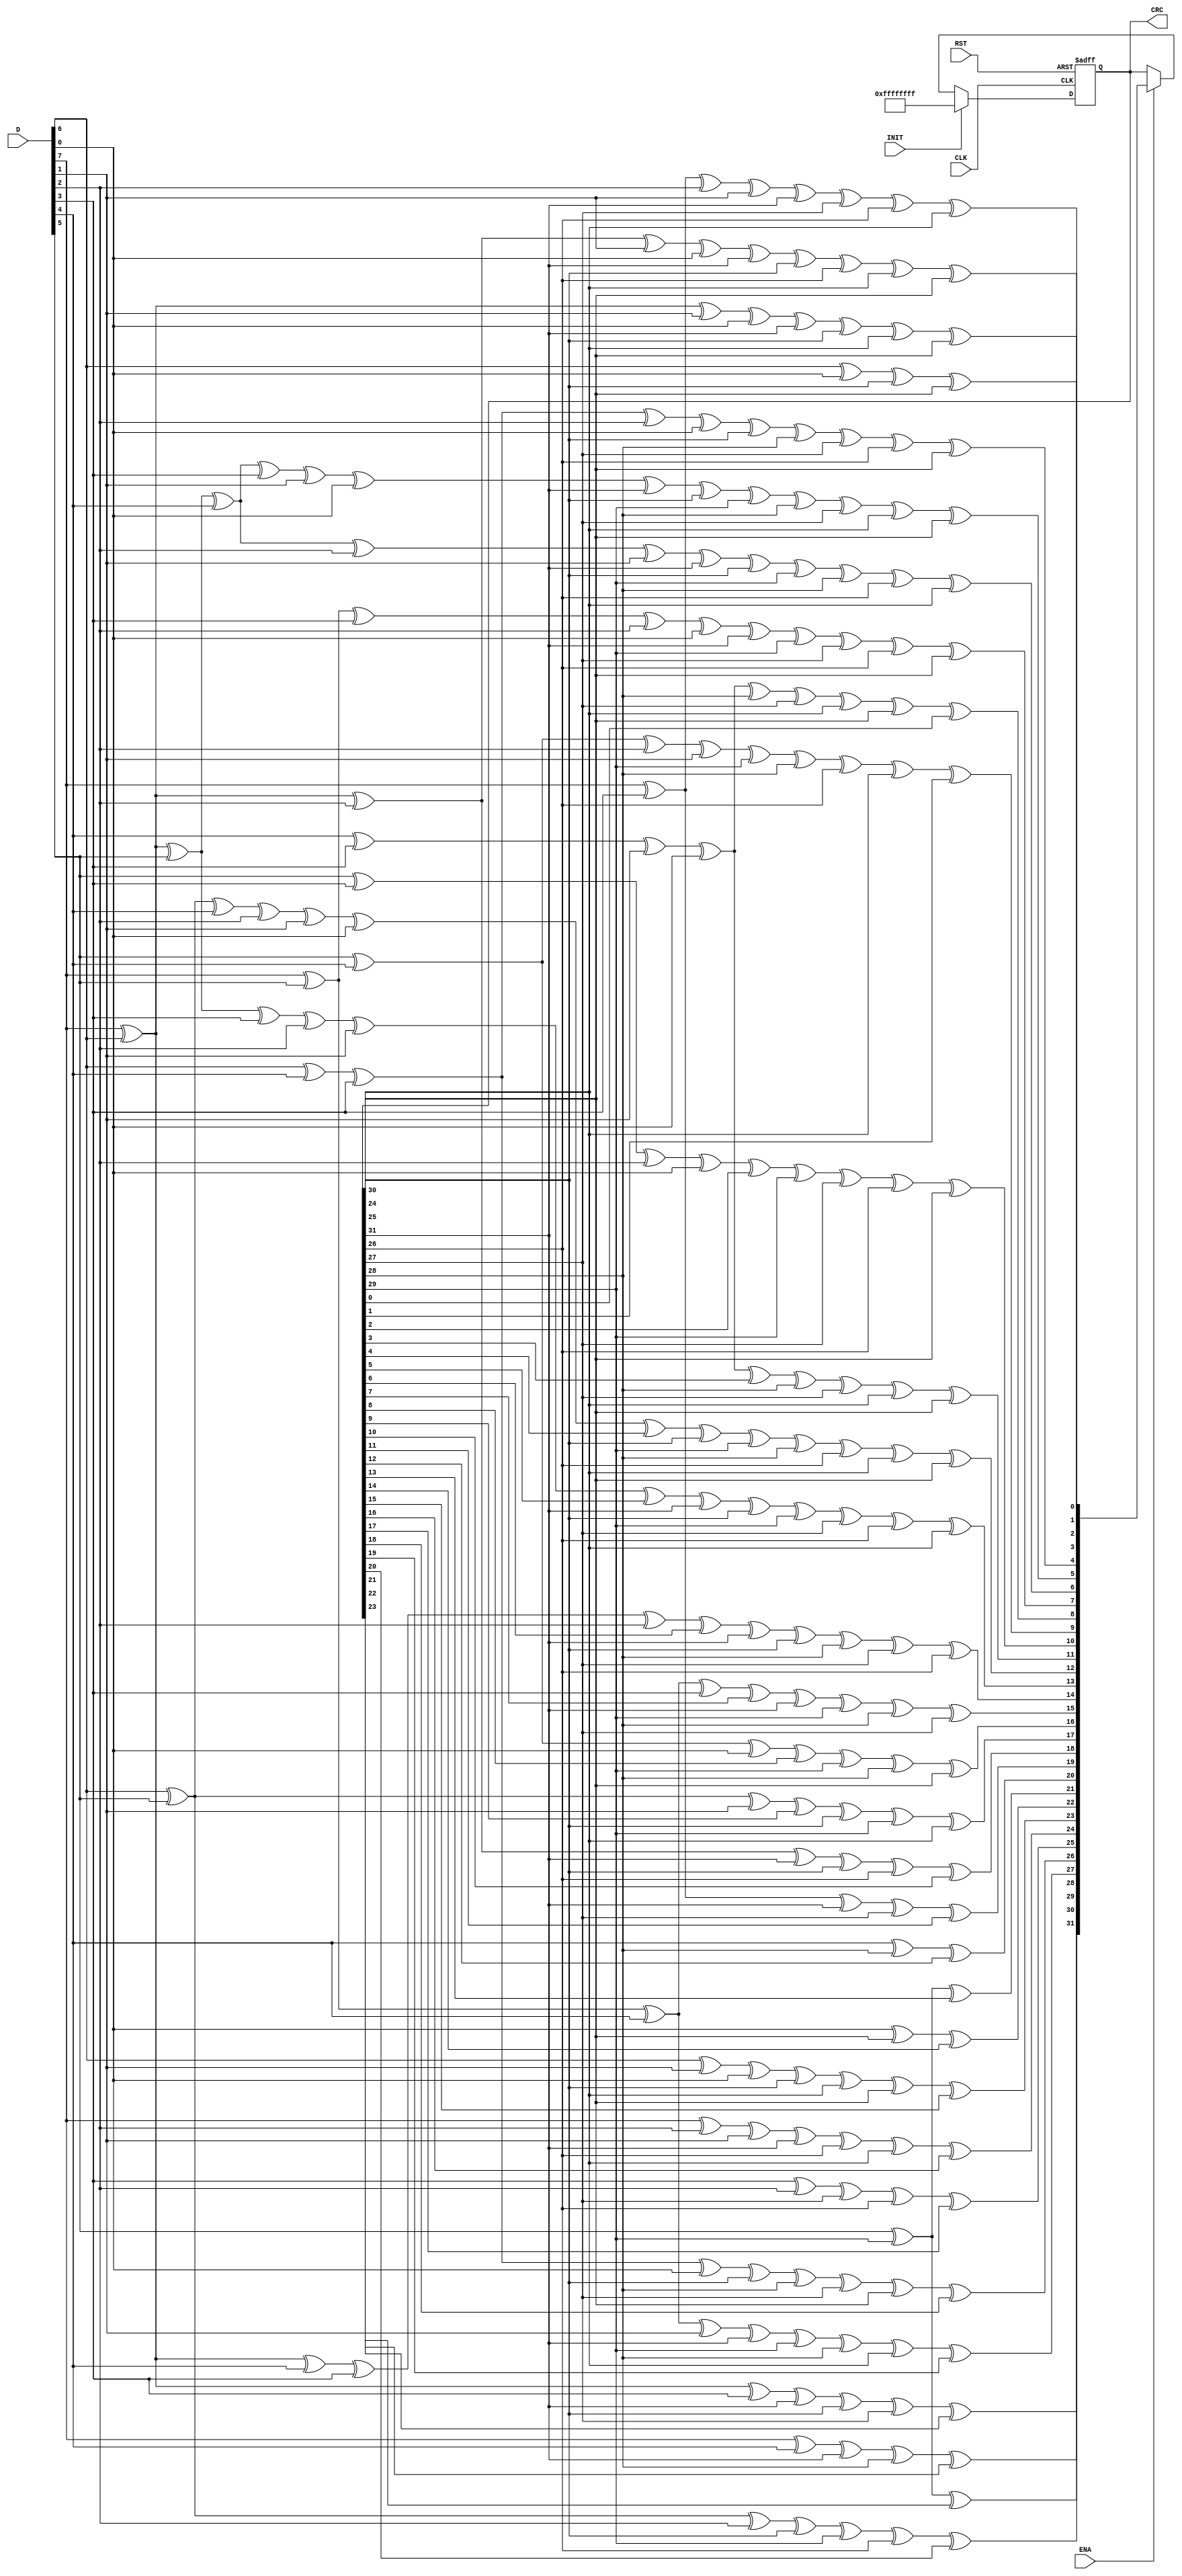
// Result of calculation is identical to several online calculation services with parameters:
// 1) input reflected = none
// 2) result reflected = none
// 3) polynomial = 0x4C11DB7 or 100000100110000010001110110110111
// 4) initial value = 0xFFFFFFFF
// 5) final xor value = 0x00000000

module CRC_32(
input CLK,
input RST,
input ENA,
input INIT,
input [7:0] D,

output reg [31:0] CRC                               
);

wire [31:0] C = CRC;
wire [31:0] NewCRC;

always@(posedge CLK or negedge RST)
begin
if(!RST)
	CRC [31:0] <= {32{1'b1}};
else
	begin
	if(INIT)
		CRC [31:0] <=  {32{1'b1}};
	else if(ENA)
		CRC <= NewCRC;
	end
end

assign NewCRC[0] = D[6] ^ D[0] ^ C[30] ^ C[24];
assign NewCRC[1] = D[7] ^ D[6] ^ D[1] ^ D[0] ^ C[31] ^ C[30] ^ C[25] ^ C[24];
assign NewCRC[2] = D[7] ^ D[6] ^ D[2] ^ D[1] ^ D[0] ^ C[31] ^ C[30] ^ C[26] ^ C[25] ^ C[24];
assign NewCRC[3] = D[7] ^ D[3] ^ D[2] ^ D[1] ^ C[31] ^ C[27] ^ C[26] ^ C[25];
assign NewCRC[4] = D[6] ^ D[4] ^ D[3] ^ D[2] ^ D[0] ^ C[30] ^ C[28] ^ C[27] ^ C[26] ^ C[24];
assign NewCRC[5] = D[7] ^ D[6] ^ D[5] ^ D[4] ^ D[3] ^ D[1] ^ D[0] ^ C[31] ^ C[30] ^ C[29] ^ C[28] ^ C[27] ^ C[25] ^ C[24];
assign NewCRC[6] = D[7] ^ D[6] ^ D[5] ^ D[4] ^ D[2] ^ D[1] ^ C[31] ^ C[30] ^ C[29] ^ C[28] ^ C[26] ^ C[25];
assign NewCRC[7] = D[7] ^ D[5] ^ D[3] ^ D[2] ^ D[0] ^ C[31] ^ C[29] ^ C[27] ^ C[26] ^ C[24];
assign NewCRC[8] = D[4] ^ D[3] ^ D[1] ^ D[0] ^ C[28] ^ C[27] ^ C[25] ^ C[24] ^ C[0];
assign NewCRC[9] = D[5] ^ D[4] ^ D[2] ^ D[1] ^ C[29] ^ C[28] ^ C[26] ^ C[25] ^ C[1];
assign NewCRC[10] = D[5] ^ D[3] ^ D[2] ^ D[0] ^ C[2] ^ C[29] ^ C[27] ^ C[26] ^ C[24];
assign NewCRC[11] = D[4] ^ D[3] ^ D[1] ^ D[0] ^ C[3] ^ C[28] ^ C[27] ^ C[25] ^ C[24];
assign NewCRC[12] = D[6] ^ D[5] ^ D[4] ^ D[2] ^ D[1] ^ D[0] ^ C[4] ^ C[30] ^ C[29] ^ C[28] ^ C[26] ^ C[25] ^ C[24];
assign NewCRC[13] = D[7] ^ D[6] ^ D[5] ^ D[3] ^ D[2] ^ D[1] ^ C[5] ^ C[31] ^ C[30] ^ C[29] ^ C[27] ^ C[26] ^ C[25];
assign NewCRC[14] = D[7] ^ D[6] ^ D[4] ^ D[3] ^ D[2] ^ C[6] ^ C[31] ^ C[30] ^ C[28] ^ C[27] ^ C[26];
assign NewCRC[15] = D[7] ^ D[5] ^ D[4] ^ D[3] ^ C[7] ^ C[31] ^ C[29] ^ C[28] ^ C[27];
assign NewCRC[16] = D[5] ^ D[4] ^ D[0] ^ C[8] ^ C[29] ^ C[28] ^ C[24];
assign NewCRC[17] = D[6] ^ D[5] ^ D[1] ^ C[9] ^ C[30] ^ C[29] ^ C[25];
assign NewCRC[18] = D[7] ^ D[6] ^ D[2] ^ C[31] ^ C[30] ^ C[26] ^ C[10];
assign NewCRC[19] = D[7] ^ D[3] ^ C[31] ^ C[27] ^ C[11];
assign NewCRC[20] = D[4] ^ C[28] ^ C[12];
assign NewCRC[21] = D[5] ^ C[29] ^ C[13];
assign NewCRC[22] = D[0] ^ C[24] ^ C[14];
assign NewCRC[23] = D[6] ^ D[1] ^ D[0] ^ C[30] ^ C[25] ^ C[24] ^ C[15];
assign NewCRC[24] = D[7] ^ D[2] ^ D[1] ^ C[31] ^ C[26] ^ C[25] ^ C[16];
assign NewCRC[25] = D[3] ^ D[2] ^ C[27] ^ C[26] ^ C[17];
assign NewCRC[26] = D[6] ^ D[4] ^ D[3] ^ D[0] ^ C[30] ^ C[28] ^ C[27] ^ C[24] ^ C[18];
assign NewCRC[27] = D[7] ^ D[5] ^ D[4] ^ D[1] ^ C[31] ^ C[29] ^ C[28] ^ C[25] ^ C[19];
assign NewCRC[28] = D[6] ^ D[5] ^ D[2] ^ C[30] ^ C[29] ^ C[26] ^ C[20];
assign NewCRC[29] = D[7] ^ D[6] ^ D[3] ^ C[31] ^ C[30] ^ C[27] ^ C[21];
assign NewCRC[30] = D[7] ^ D[4] ^ C[31] ^ C[28] ^ C[22];
assign NewCRC[31] = D[5] ^ C[29] ^ C[23];

endmodule